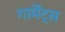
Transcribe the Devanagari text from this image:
गार्मेंट्स